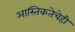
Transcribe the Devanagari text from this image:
आस्तिकतेचेही